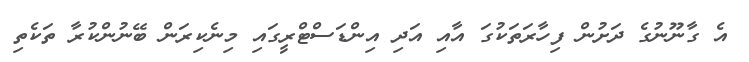
އެ ގާނޫނުގެ ދަށުން ފިހާރަތަކުގަ އާއި އަދި އިންޑަސްޓްރީގައި މިނެކިރަން ބޭނުންކުރާ ތަކެތި